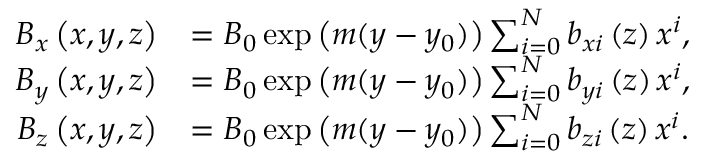
\begin{array} { r l } { B _ { x } \left( x , y , z \right) } & { = B _ { 0 } \exp \big ( m ( y - y _ { 0 } ) \big ) \sum _ { i = 0 } ^ { N } b _ { x i } \left( z \right) x ^ { i } , } \\ { B _ { y } \left( x , y , z \right) } & { = B _ { 0 } \exp \big ( m ( y - y _ { 0 } ) \big ) \sum _ { i = 0 } ^ { N } b _ { y i } \left( z \right) x ^ { i } , } \\ { B _ { z } \left( x , y , z \right) } & { = B _ { 0 } \exp \big ( m ( y - y _ { 0 } ) \big ) \sum _ { i = 0 } ^ { N } b _ { z i } \left( z \right) x ^ { i } . } \end{array}